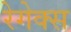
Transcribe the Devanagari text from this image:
रेगेक्स